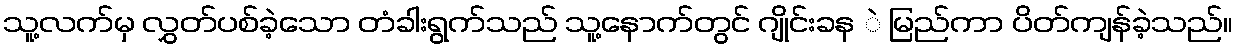
သူ့လက်မှ လွှတ်ပစ်ခဲ့သော တံခါးရွက်သည် သူ့နောက်တွင် ဂျိုင်းခန ဲ မြည်ကာ ပိတ်ကျန်ခဲ့သည်။